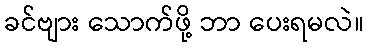
ခင်ဗျား သောက်ဖို့ ဘာ ပေးရမလဲ။